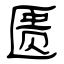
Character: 匮